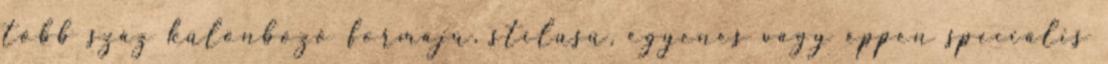
több száz különböző formájú, stílusú, egyenes vagy éppen speciális